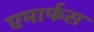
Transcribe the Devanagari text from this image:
एमार्फस